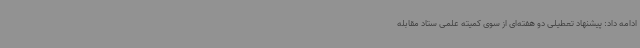
ادامه داد: پیشنهاد تعطیلی دو هفته‌ای از سوی کمیته علمی ستاد مقابله